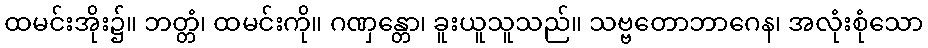
ထမင်းအိုး၌။ ဘတ္တံ၊ ထမင်းကို။ ဂဏှန္တော၊ ခူးယူသူသည်။ သဗ္ဗတောဘာဂေန၊ အလုံးစုံသော